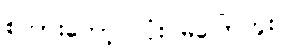
စကားတော့ လုံးဝမပြောဘူး။